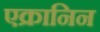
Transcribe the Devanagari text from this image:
एक्रानिन